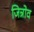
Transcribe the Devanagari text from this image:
जिन्नोव